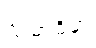
သမာဓိမှာ